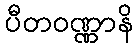
ပီတဝဏ္ဏာနိ